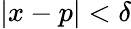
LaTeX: |x-p|<\delta